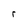
Character: r